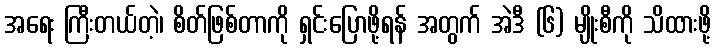
အရေး ကြီးတယ်တဲ့၊ စိတ်ဖြစ်တာကို ရှင်းပြောဖို့ရန် အတွက် အဲဒီ (၆) မျိုးစီကို သိထားဖို့